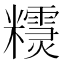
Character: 𥽣